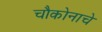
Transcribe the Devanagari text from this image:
चौकोनाचे